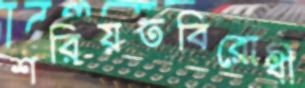
শরিয়তবিরোধী